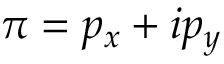
\pi = p _ { x } + i p _ { y }